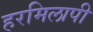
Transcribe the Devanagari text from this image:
हरमिलापी